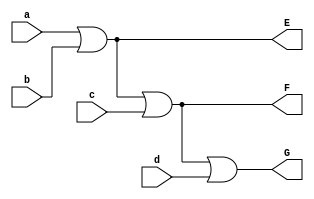
`timescale 1ns / 1ps


module org(
input a,b,c,d,
output E,F,G
    );
  
  
 assign E = a|b;
 assign F = E|c;
 assign G = F|d;  
  
endmodule